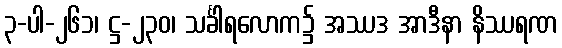
၃-ပါ-၂၆၁၊ ဋ္ဌ-၂၃၀၊ သင်္ခါရလောက၌ အဿဒ အာဒီနာ နိဿရဏ